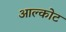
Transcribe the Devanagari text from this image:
आल्कोट